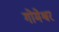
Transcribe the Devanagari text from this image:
गोमेश्वर